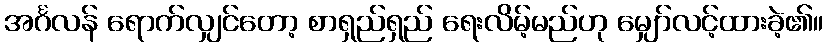
အင်္ဂလန် ရောက်လျှင်တော့ စာရှည်ရှည် ရေးလိမ့်မည်ဟု မျှော်လင့်ထားခဲ့၏။